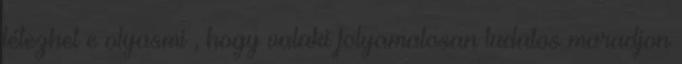
létezhet e olyasmi , hogy valaki folyamatosan tudatos maradjon